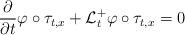
LaTeX: \begin{align*}\frac{\partial }{\partial t}\varphi \circ \tau _{t,x}+\mathcal{L}_{t}^{+}\varphi \circ \tau _{t,x}=0\end{align*}